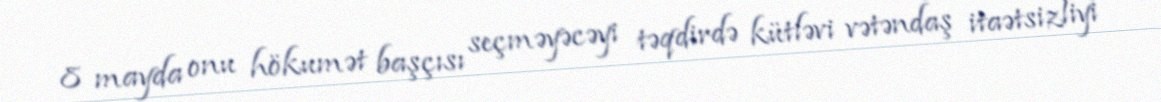
8 mayda onu hökumət başçısı seçməyəcəyi təqdirdə kütləvi vətəndaş itaətsizliyi